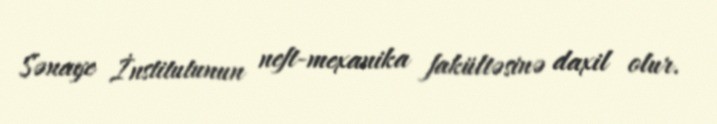
Sənaye İnstitutunun neft-mexanika fakültəsinə daxil olur.